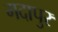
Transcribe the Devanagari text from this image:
गदापुर